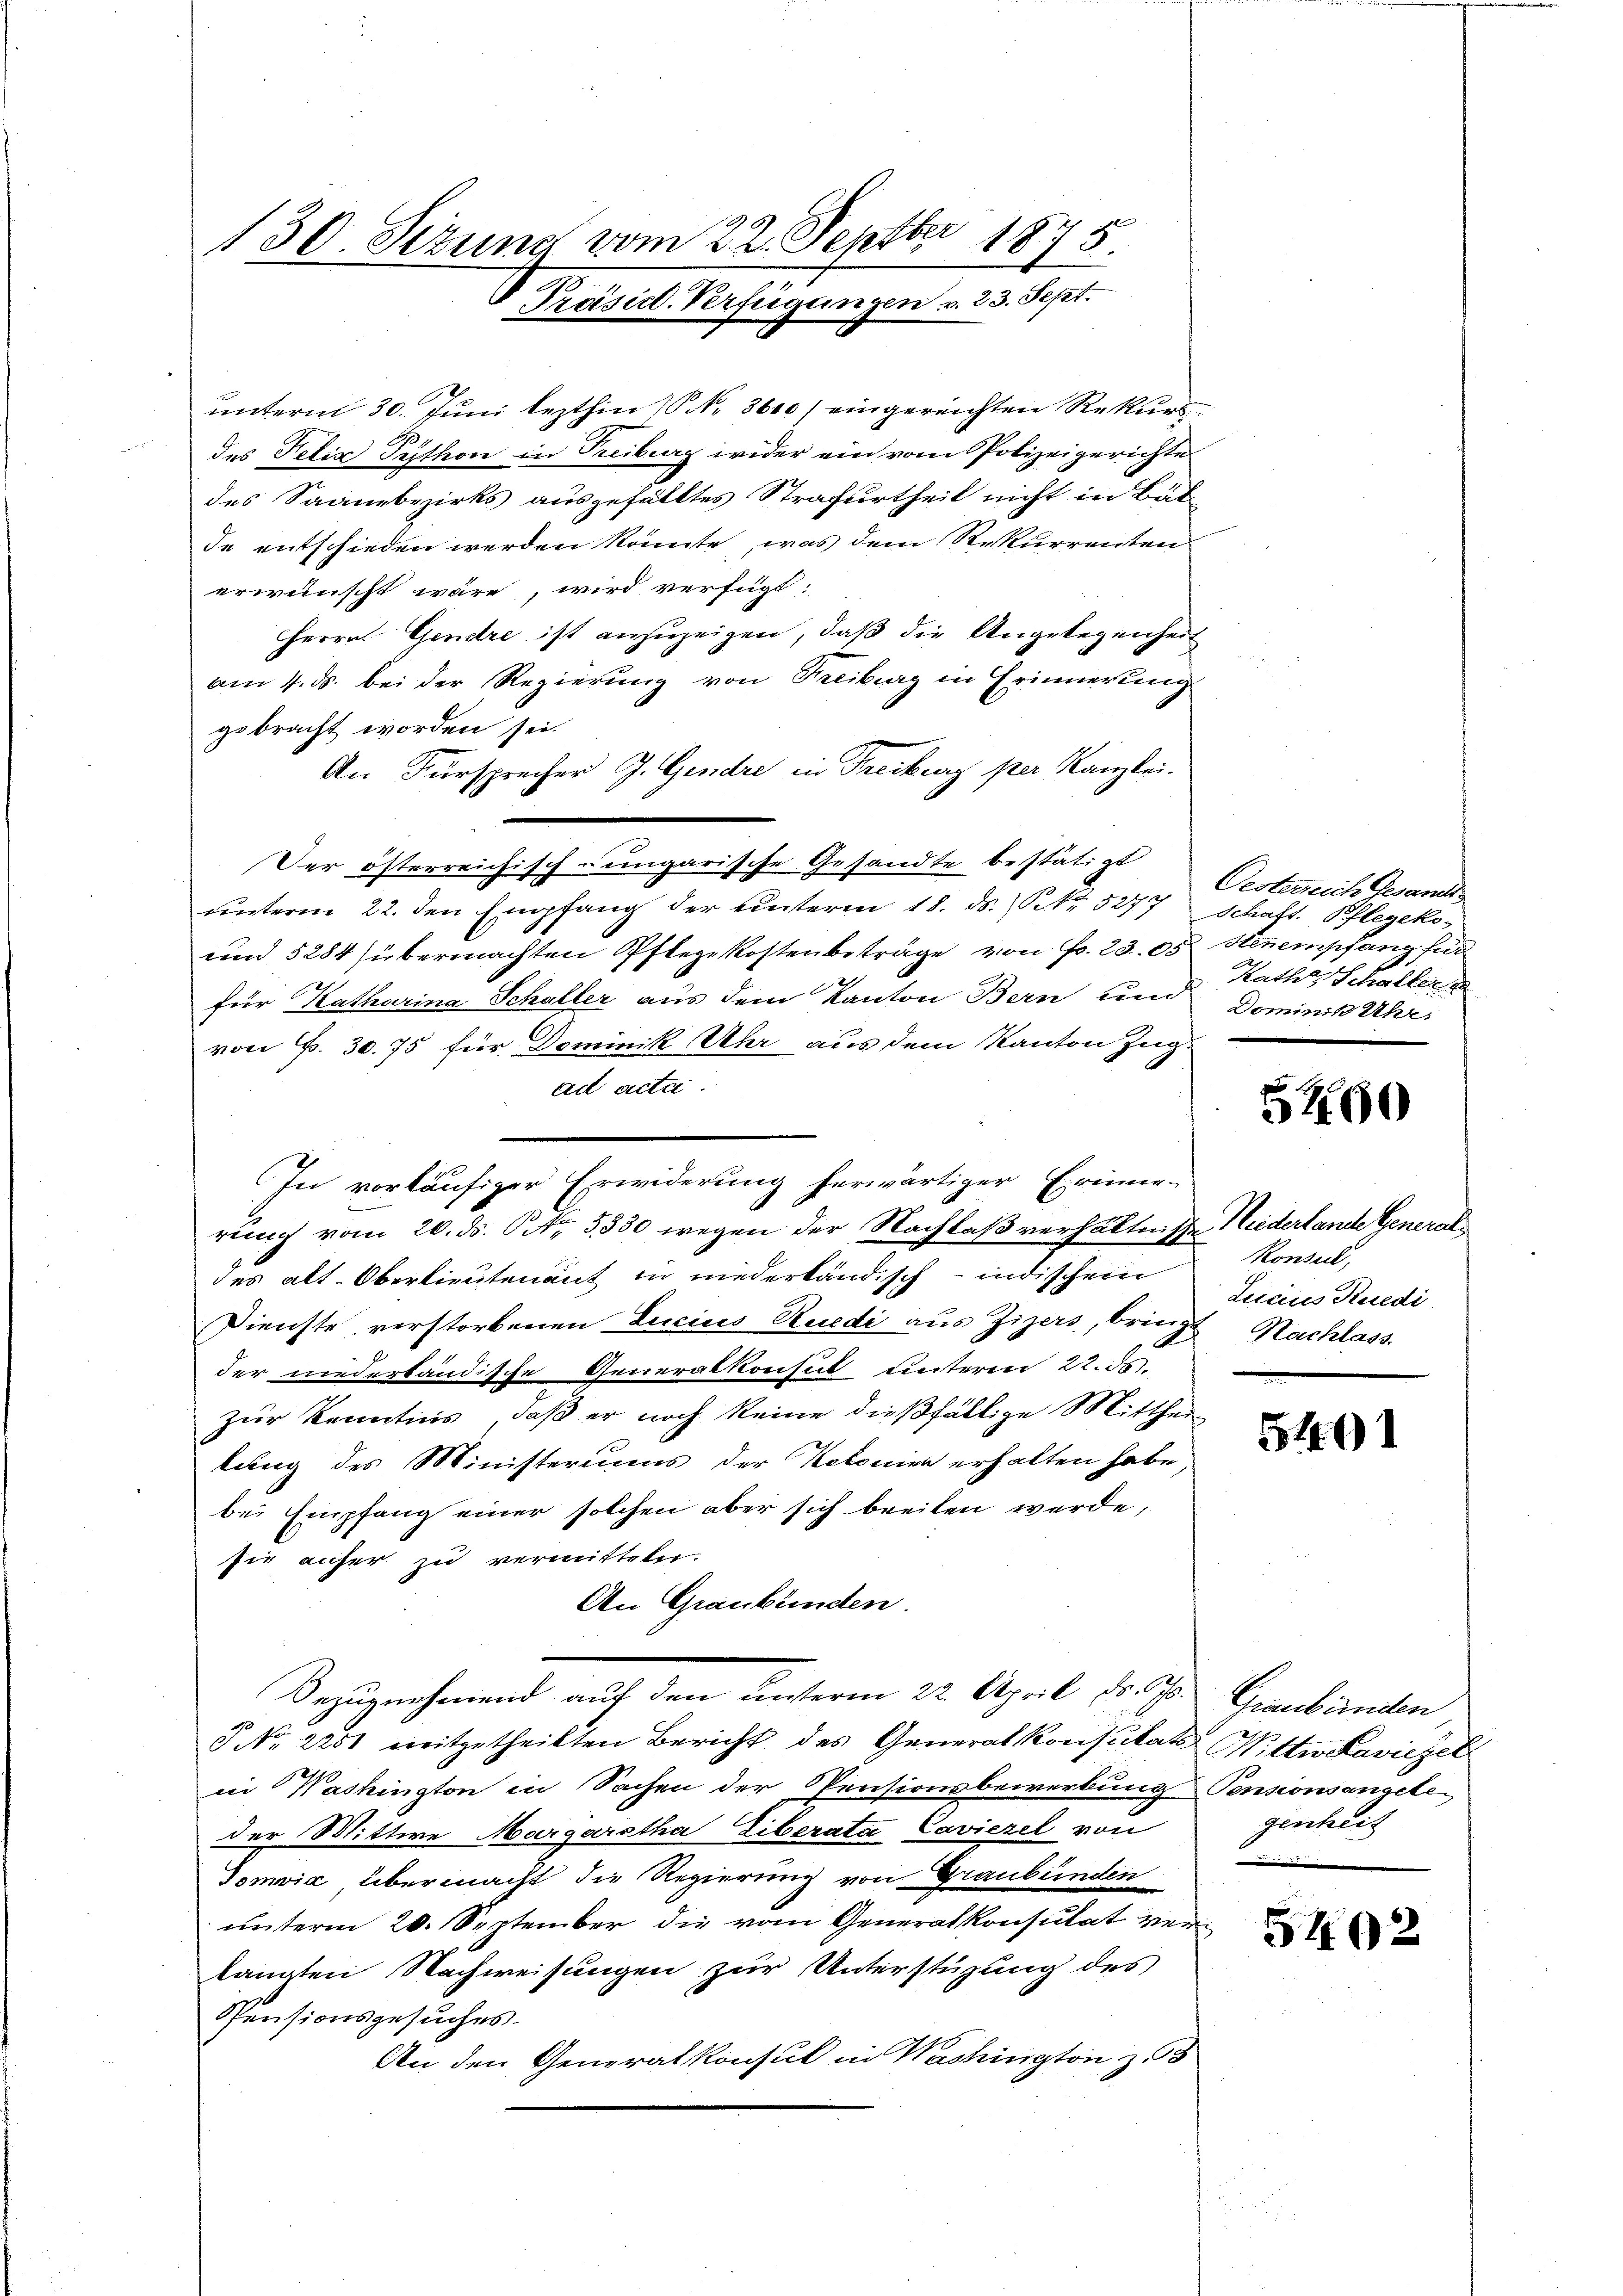
130 Sizung vom 22. Septbr 1845
 Präsid. Verfügungen v. 23. Sept.

unterm 30. Juni lezthin 10 No 3600) eingereichten Rekurs
des Felix Peethon in Treiburg wider ein vom Polizeigerichte
des Saanzbezirks ausgefälltes Strafurtheil nicht in Balde entschieden werden könnte, was dem Rekurrenten
erwünscht wäre, wird verfügt:
Herrn Gendre ist anzuzeigen, daß die Angelegenheit
am 4. ds. bei der Regierung von Freiburg in Erinnerung
gebracht worden sei.
An Fürsprecher J. Gendre in Freiburg per Kanzlei
Der österreichisch-ungarische Gesandte bestätigt
unterm 22. den Empfang der unterm 18. ds. Nr. 5277 Schaft. Pflegeko
und 5284 (übermachten Pflegekostenbeträge von Fr. 2305. Stenempfang für
für Katharina Schaller aus dem Kanton Bern und
von P. 30. 75 für Dominik Uhr aus dem Kanton Zug
ad acta.
In vorläufiger Erwiderung herwärtiger Erinne-
rung vom 20. ds. No. 5830 wegen der Nachlaß verhältnisse Niederlande Generaldes alt. Oberlieutenant in niederländisch - indischen
Dienste, verstorbenen Lucius Ruedi aus Zigers, bringt Nachlass
der niederbändische Generalkonsul unterm 22. ds.
zur Kenntnis, daß er noch keine dießfällige Mittheilung des Ministeriums der Kolonien erhalten habe,
bei Empfang einer solchen aber sich beeilen werde,
sie aufer zu vermitteln.
An Graubünden.
Darzunehmend auf den unserm 22. April 18. 670. Grenbänden,
 No. 2251 mitgetheilten Bericht des Generalkonsulats Wittwetaviezel
in Washington in Sachen der Pensionsbewerbung Pensionsangele
der Mittwe Margaretha Liberata Caviezel von
Domvia übermacht die Regierung von Graubünden
unterm 20. September die vom Generalkonsulat verlangten Nachweisungen zur Unterstüzung des
PPensionsgesuches.
An den Generalkonsul in Washington z. 8

Oesterreich Gesandt
Rathes Schalter
Dominik Uhr,
e

5290

Konsul,
Luiciis Kredi

5401

genheit

5402